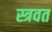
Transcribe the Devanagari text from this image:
स्त्रवत